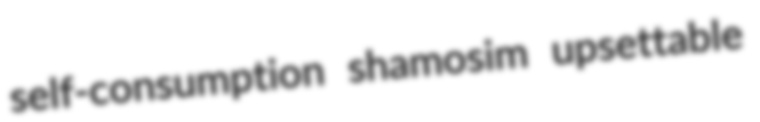
self-consumption shamosim upsettable